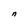
Character: n